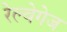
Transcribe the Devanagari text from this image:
रेल्वेगेज